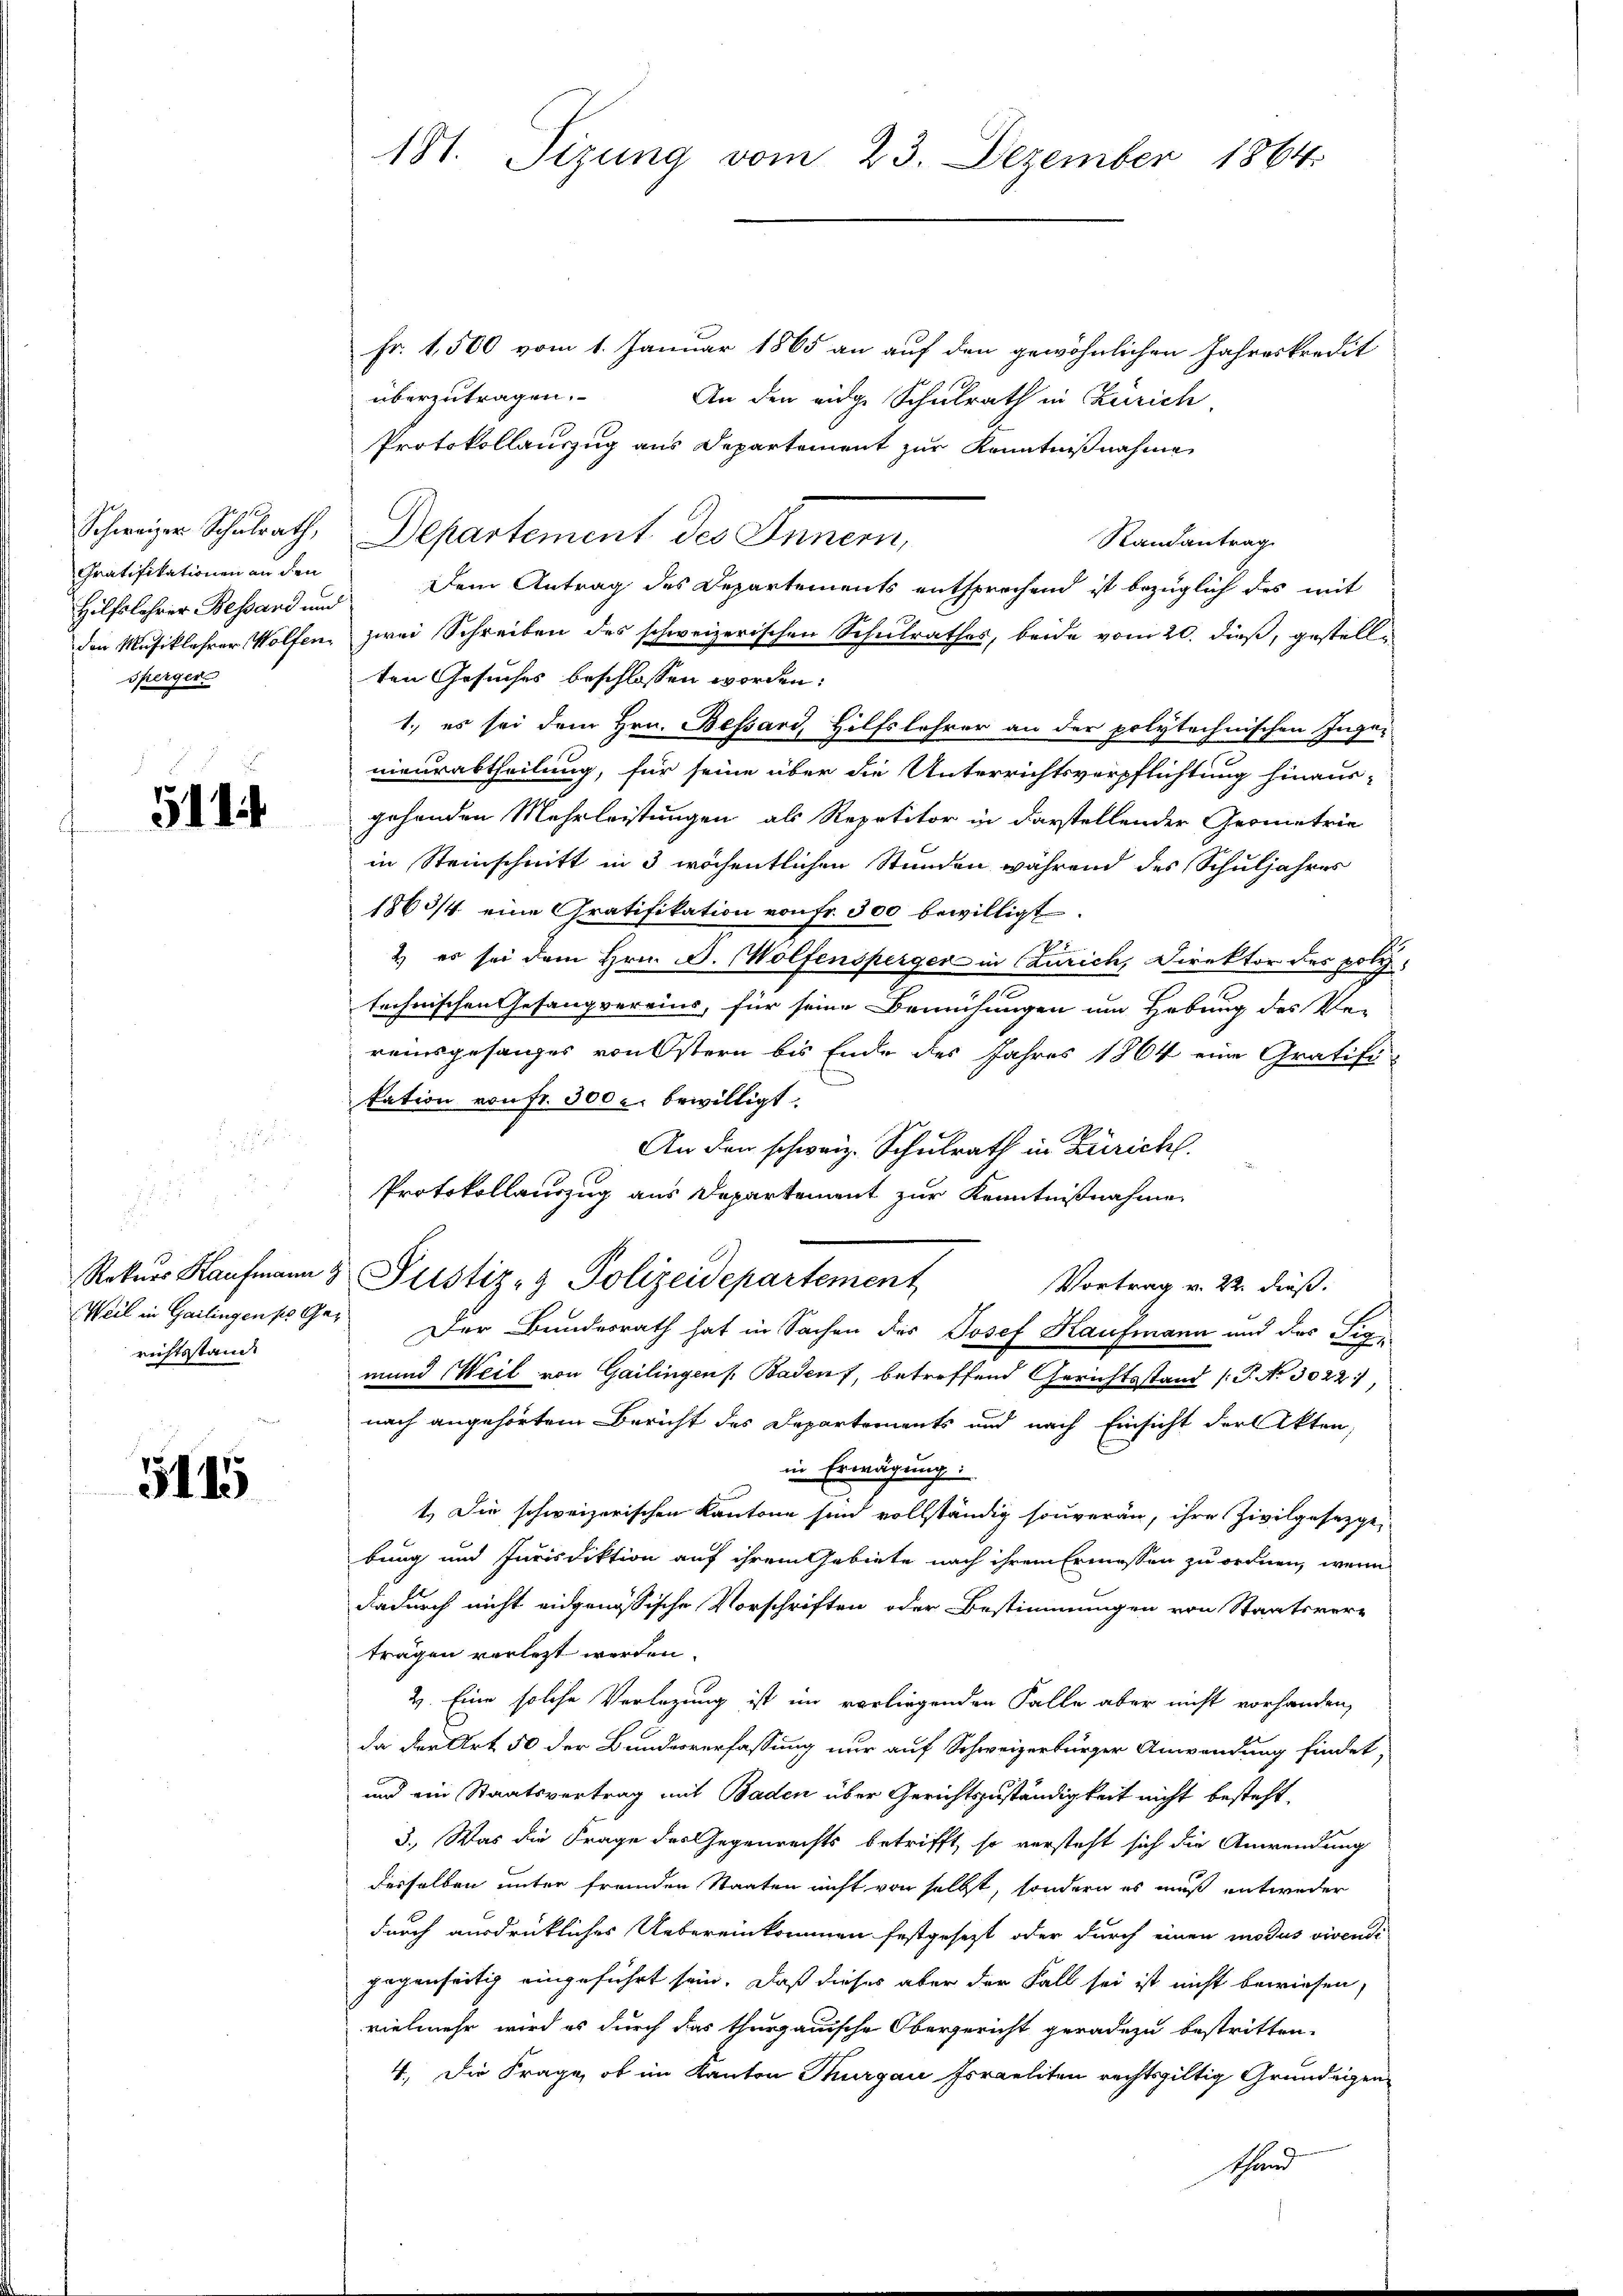
Gratifikationen an den
Hilfslehrer Bestand und
sperger

5114

Rekurs Kaufmann
Weil in Gailingen so Gerichtsstand

5115

181. Tizung vom 23. Dezember 1864.

Fr. 1,500 vom 1. Januar 1865 an auf den gewöhnlichen Jahreskredit
überzutragen.
An den eidge Schulrath in Zürich,
Protokollauszug aus Departement zur Kenntnißnahme
Schweizer Schulrath, Departement des Innern,
Randantrag
Dem Antrag des Departements entsprechend ist bezüglich des mit
den Musiklehrer Wolfen, zwei Schreiben des schweizerischen Schulrathes, beide vom 20. dieß, gestellten Gesuches beschlossen worden:
1.) es sei dem Hrn. Bessard, Hilfslehrer an der polytechnischen Inger
nieurabtheilung, für seine über die Unterrichtsverpflichtung hinaus-
gehenden Mehrleistungen als Repetitor in darstellender Geometrie
in Steinschnitt in 3 wöchentlichen Stunden während des Schuljahres
1863/4 eine Gratifikation von Fr. 300 bewilligt.
2) es sei dem Hrn. F. Wolfensperger in Czurich, Direktor des poly
technischen Gesangvereins, für seine Bemühungen um Hebung des Ver
reinsgesanges von Östern bis Ende des Jahres 1864 eine Gratifi-
kation von fr. 300 c. bewilligt.
An den schweiz. Schulrath in Zürich
Protokollauszug aus Departement zur Kenntnißnahme
u Justiz- & Polizeidepartement
Vortrag v. 22. dieß.
Der Bundesrath hat in Sachen des Josef Kaufmann und des Sigmund Weil von Gailingen Badens, betreffend Gerichtsstand (T. No 30221,
nach angehörtem Bericht des Departements und nach Einsicht der Akten,
in Erwägung
1.) Die schweizerischen Kantone sind vollständig souveran, ihre Zivilgesetzge
bung und Jurisdiktion auf ihrem Gebiete nach ihrem Ermessen zu ordnen, wenn
dadurch nicht eidgenössische Vorschriften oder Bestimmungen von Staatsver-
trägen verletzt werden.
2. Eine solche Verlegung ist im vorliegenden Falle aber nicht vorhanden,
da der Art 50 der Bundesverfassung nur auf Schweizerbürger Anwendung findet,
und ein Staatsvertrag mit Baden über Gerichtszuständigkeit nicht besteht.
3.) Was die Frage des egenrechts betrifft, so versteht sich die Anwendung
derselben unter fremden Staaten nicht von selbst, sondern es muß entweder
durch ausdrückliches Uebereinkommen festgesezt oder durch einen modus vivendi
gegenseitig eingeführt sein. Daß dieses aber der Fall sei ist nicht bewiesen,
vielmehr wird es durch das thurgauische Obergericht geradezu bestritten.
4.) Die Frage, ob im Kanton Thurgau Israeliten rechtsgültig Grundeigenshand